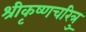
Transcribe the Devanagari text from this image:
श्रीकृष्णचरित्रु